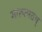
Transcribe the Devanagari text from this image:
गारुत्मतम्